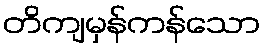
တိကျမှန်ကန်သော